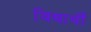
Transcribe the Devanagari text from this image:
विद्यार्थीं